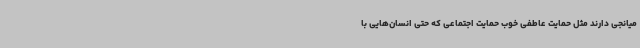
میانجی دارند مثل حمایت عاطفی خوب حمایت اجتماعی که حتی انسان‌هایی با